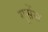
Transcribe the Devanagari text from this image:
गूसेंस